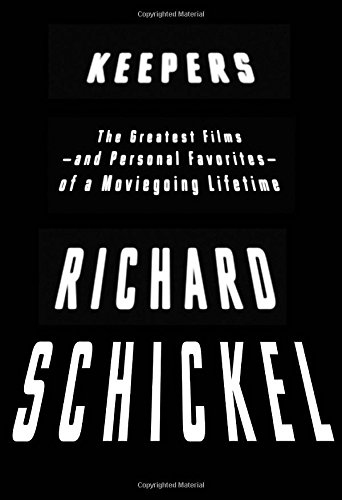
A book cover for Keepers: The Greatest Films--and Personal Favorites--of a Moviegoing Lifetime; Richard Schickel; Humor & Entertainment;